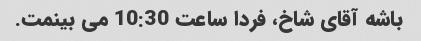
باشه آقای شاخ، فردا ساعت 10:30 می بینمت.